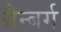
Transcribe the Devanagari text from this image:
ग्रैन्बर्ग